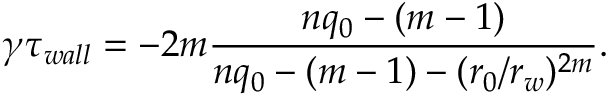
{ \gamma } \tau _ { w a l l } = - 2 m \frac { n q _ { 0 } - ( m - 1 ) } { n q _ { 0 } - ( m - 1 ) - ( r _ { 0 } / r _ { w } ) ^ { 2 m } } .